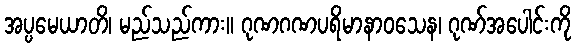
အပ္ပမေယာတိ၊ မည်သည်ကား။ ဂုဏဂဏပရိမာနာဝသေန၊ ဂုဏ်အပေါင်းကို